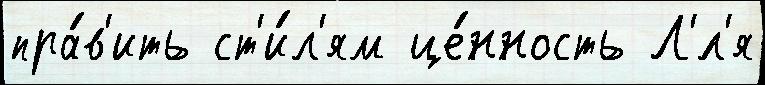
пра́в'ить ст'и́л'ям це́нность Л'́л'я